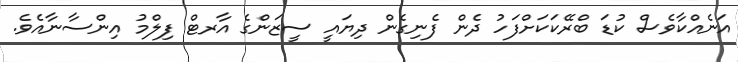
އަނެއްކާވެސް ކުޑަ ބްރޭކަކަށްފަހު ދެން ފެނިގެން ދިޔައީ ސީޒަންގެ އާރޓް ފިލްމު އިންސާނާއެވެ.